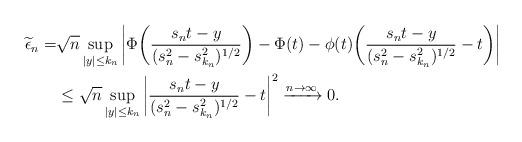
LaTeX: \begin{align*} \widetilde{\epsilon}_n= & \sqrt{n}\sup_{|y|\leq k_n} \left| \Phi \bigg( \frac{s_n t-y}{( s_n^2-s_{k_n}^2)^{1/2}}\bigg) -\Phi(t) - \phi(t) \bigg( \frac{s_n t-y}{( s_n^2-s_{k_n}^2)^{1/2}}- t\bigg) \right| \\ & \leq \sqrt{n }\sup_{|y| \leq k_n}\bigg| \frac{s_n t-y}{( s_n^2-s_{k_n}^2)^{1/2}}- t\bigg| ^2 \xrightarrow{n\rightarrow\infty} 0.\end{align*}